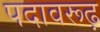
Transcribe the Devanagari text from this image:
पदावरूढ़